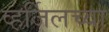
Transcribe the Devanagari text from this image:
व्हर्जिलच्या